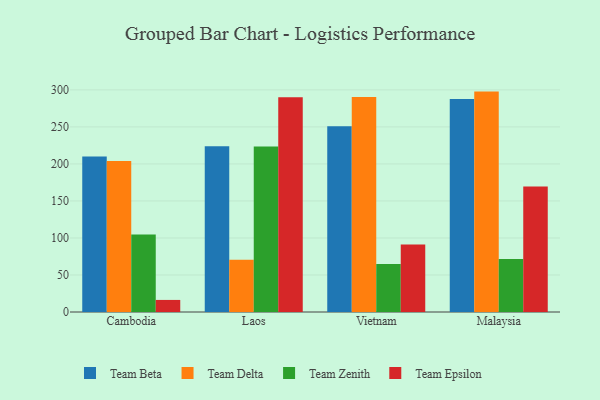
{"axis": {"x": "Country", "y": "LTV (USD)"}, "legend": ["Team Beta", "Team Delta", "Team Epsilon", "Team Zenith"], "data": [{"x": "Cambodia", "y": 210.1, "type": "Team Beta"}, {"x": "Cambodia", "y": 204.1, "type": "Team Delta"}, {"x": "Cambodia", "y": 104.6, "type": "Team Zenith"}, {"x": "Cambodia", "y": 16.3, "type": "Team Epsilon"}, {"x": "Laos", "y": 224.0, "type": "Team Beta"}, {"x": "Laos", "y": 70.5, "type": "Team Delta"}, {"x": "Laos", "y": 223.6, "type": "Team Zenith"}, {"x": "Laos", "y": 289.9, "type": "Team Epsilon"}, {"x": "Vietnam", "y": 251.0, "type": "Team Beta"}, {"x": "Vietnam", "y": 290.4, "type": "Team Delta"}, {"x": "Vietnam", "y": 64.7, "type": "Team Zenith"}, {"x": "Vietnam", "y": 91.2, "type": "Team Epsilon"}, {"x": "Malaysia", "y": 287.8, "type": "Team Beta"}, {"x": "Malaysia", "y": 297.7, "type": "Team Delta"}, {"x": "Malaysia", "y": 71.7, "type": "Team Zenith"}, {"x": "Malaysia", "y": 169.5, "type": "Team Epsilon"}]}